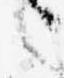
候